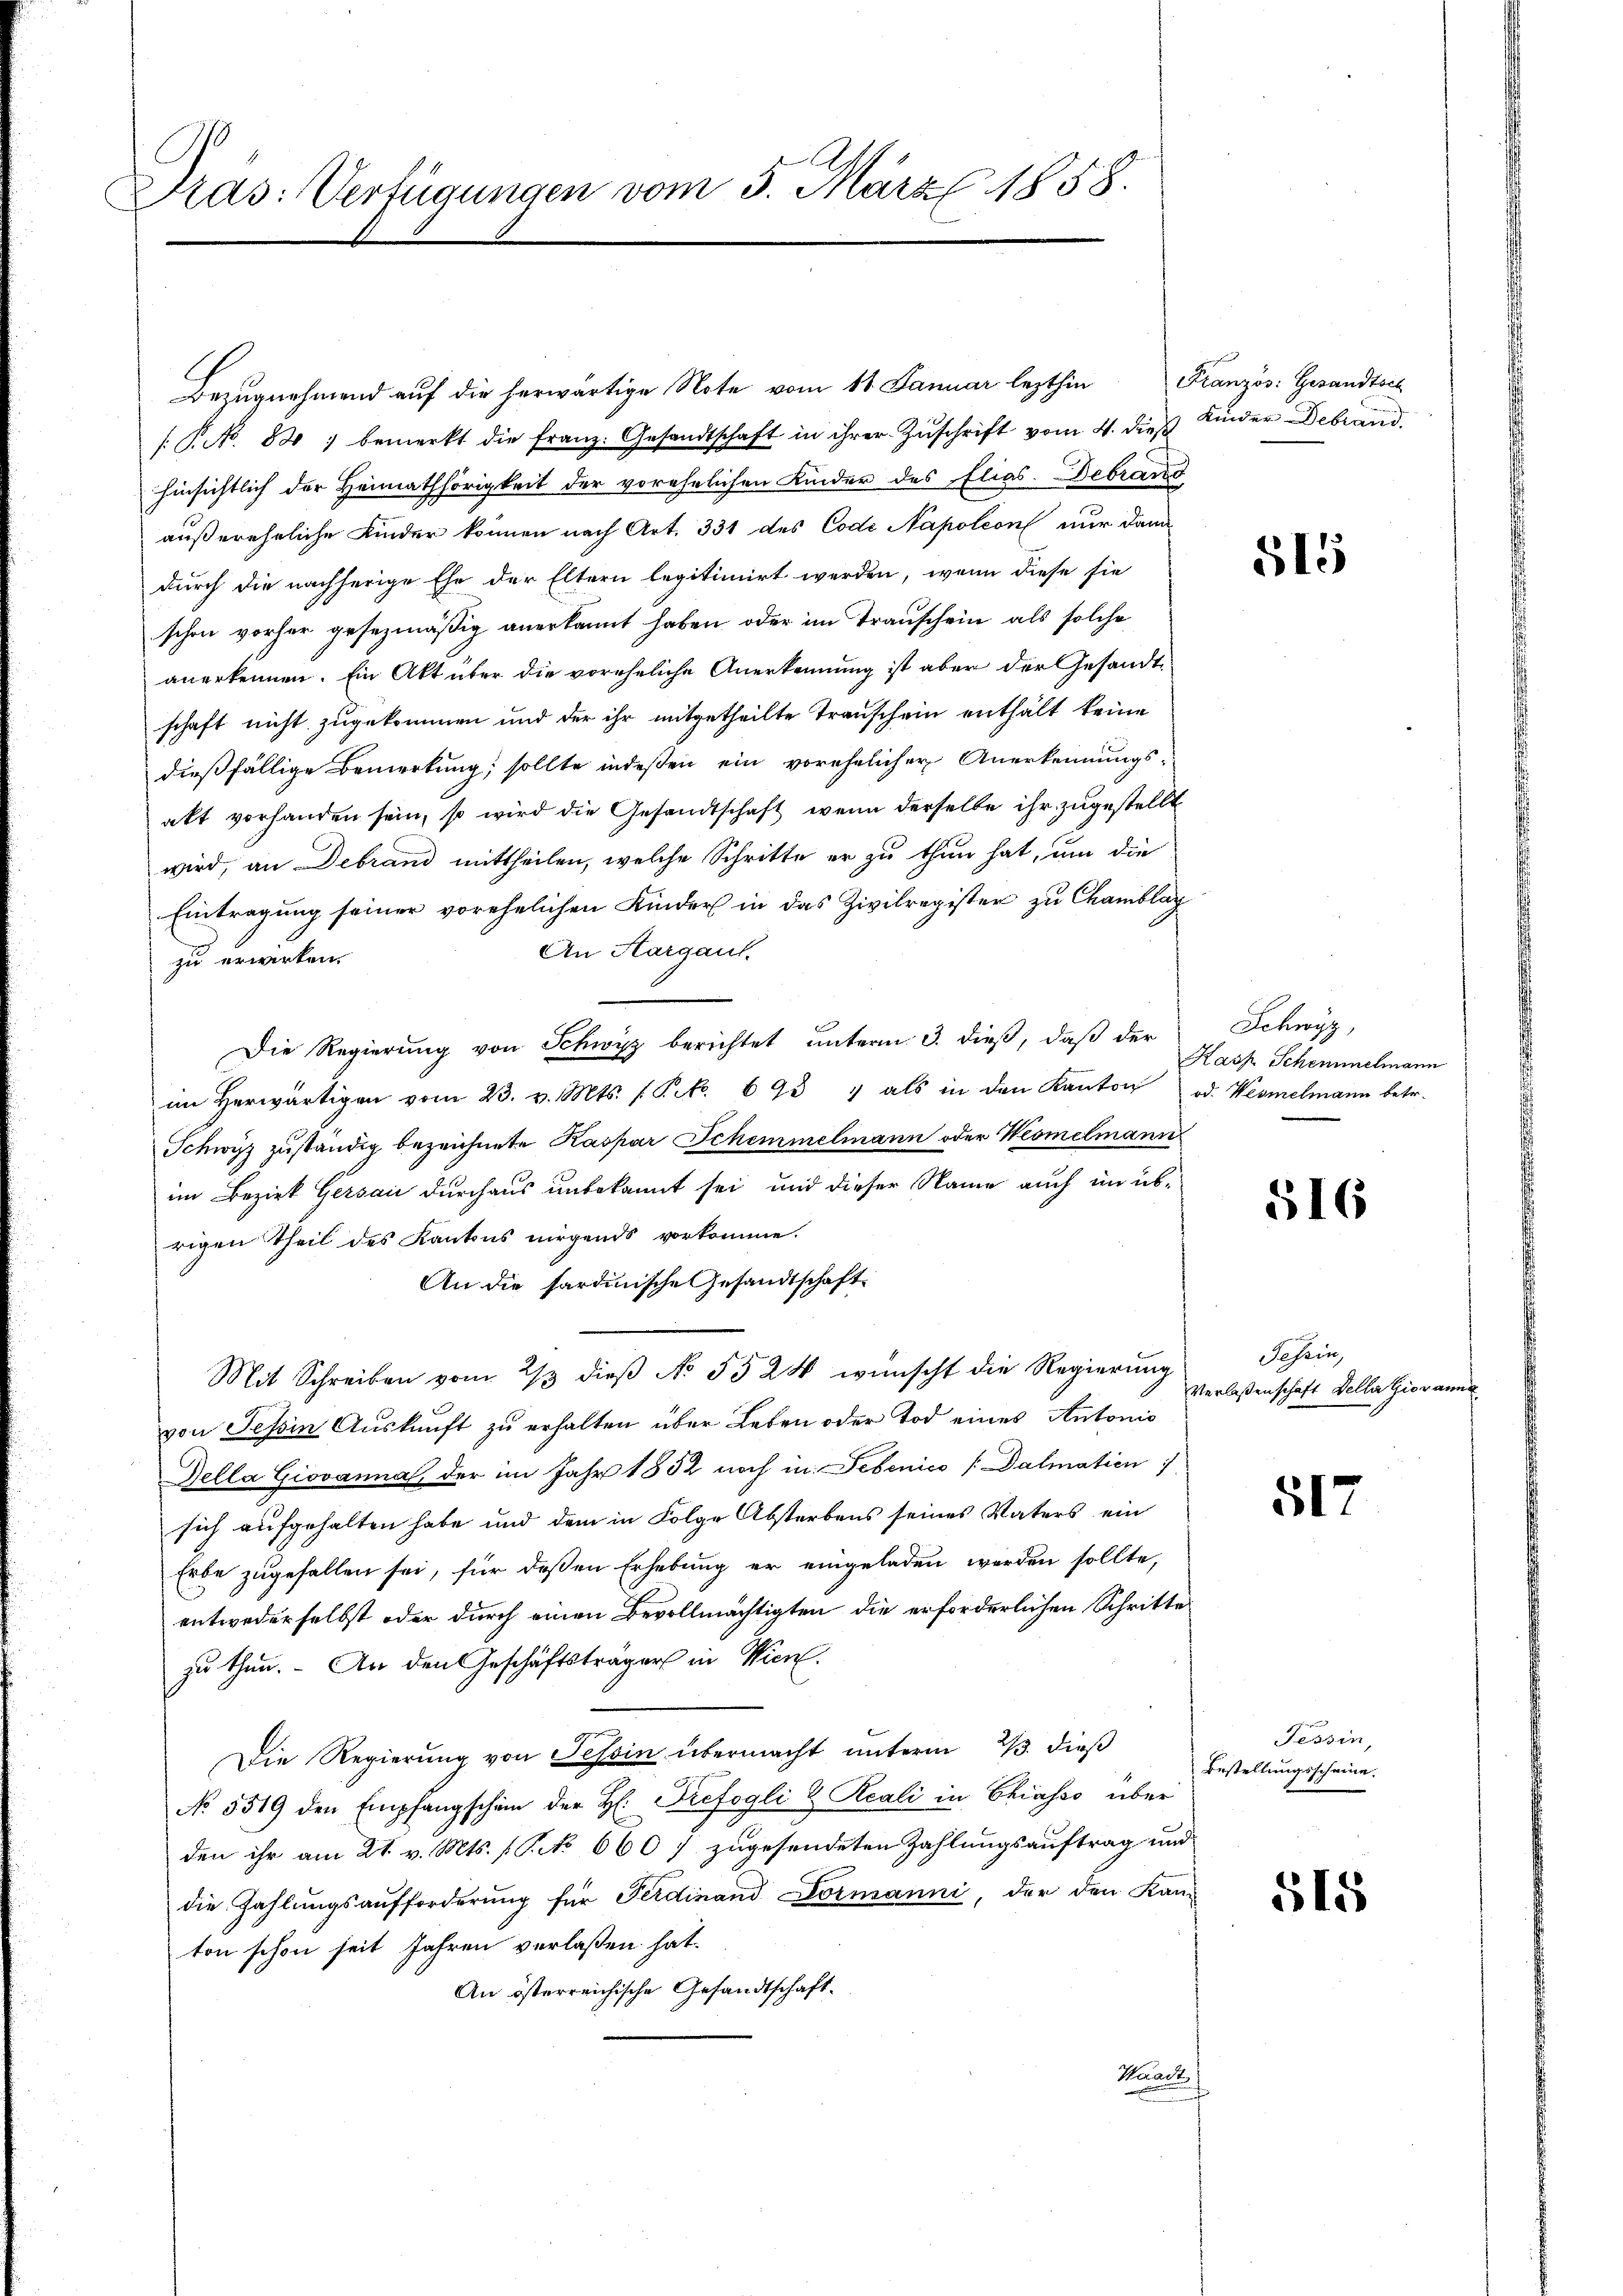
Pras: Verfügungen vom 5. März 1858.

Bezugnahmend auf die herwärtige Note vom 11. Januar lezthin Französ. Gesandtsch
[P No. 88) bemerkt die franz. Gesandtschaft in ihrer Zŭschrift vom 4. dieß Kinder Debrand
hinsichtlich der Heimathörigkeit der vorehelichen Kinder des Elias. Debrand
außereheliche Kinder können nach Art. 331 des Code Napoleon nur dann
durch die nachherige Ehe der Eltern legitimirt werden, wenn diese sie
schon vorher gesezmäßig anerkannt haben, oder im Transchein als solche
anerkennen. Ein Akt über die voreheliche Anerkennung ist aber der Gesandt
schaft nicht zugekommen und der ihr mitgetheilte Transchein enthält keine
dießfällige Bemerkung; sollte indeßen ein vorehelicher Anerkennungsakt vorhanden sein, so wird die Gesandtschaft, wenn derselbe ihr zugestellt
wird, an Debrand mittheilen, welche Schritte er zu thun hat, um die
Eintragung seiner vorehelichen Kinder in das Zivilregister zu Chamblag
An Aargaut.
zu erwirken.
Die Regierung von Schwyz berichtet unterm 3. dieß, daß der
am herwärtigen vom 23. v. Mts. 1 Pf. 692 " als in den Kanton od. Wesmelmann betr.
Schwyz zŭständig bezeichnete Kaspar Schemmelmann oder Wesmelmann
im Bezirk Gersau durchaus unbekannt sei und dieser Name auch im übrigen Theil des Kantons nirgends vorkomme.
An die sardinische Gesandtschaft
Mit Schreiben vom 2/3 dieß No 5524 wünscht die Regierung
von Tessin Auskunft zu erhalten über Leben oder Tod eines Antonio
Bella Giovanna, der im Jahr 1852 noch in Lebenico [Dalmatien
sich aufgehalten habe und dem in Folge Absterbens seines Vaters ein
Erbe zugefallen sei, für deßen Erhebung er eingeladen werden sollte,
entwederselbst oder durch einen Bevollmächtigten die erforderlichen Schritte
zu thun. - An den Geschäftsträger in Wien.
Die Regierung von Tessin übermacht unterm 23. dieß
No. 5519 den Empfangschein der H. Prefogli & Reali in Chiasso über
den ihr am 21. v. Mts. (Piko 660 7 zugesendeten Zahlungsauftrag und
die Zahlungsaufforderung für Ferdinand Dormanni, der den Kan-
ton schon seit Jahren verlassen hat.
An österreichische Gesandtschaft.
Kaack

315

Schwyz,
Kasz Scheminelmann

516

Tessin,
Verlaßenschaft Della Giovanne

51

Tessin,
Bestellungsscheine

515